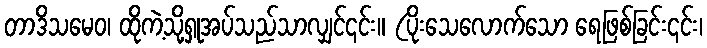
တာဒိသမေဝ၊ ထိုကဲ့သို့ရှုအပ်သည်သာလျှင်၎င်း။ (ပိုးသေလောက်သော ရေဖြစ်ခြင်း၎င်း၊